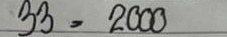
33 = 2000